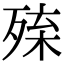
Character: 𣨚